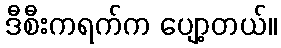
ဒီစီးကရက်က ပျော့တယ်။